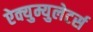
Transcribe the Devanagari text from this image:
ऐक्युम्युलेटर्स